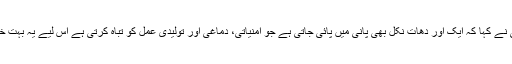
ڈاکٹر فاطمی نے کہا کہ ایک اور دھات نِکل بھی پانی میں پائی جاتی ہے جو امنیاتی، دماغی اور تولیدی عمل کو تباہ کرتی ہے اس لیے یہ بہت خطرناک ہے۔